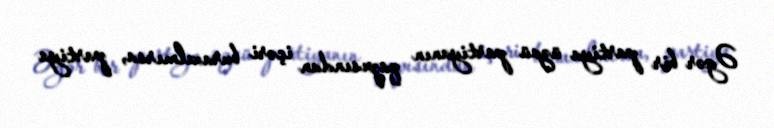
Əgər bir partiya üzvü partiyanın qapısından içəri buraxılmırsa, partiya